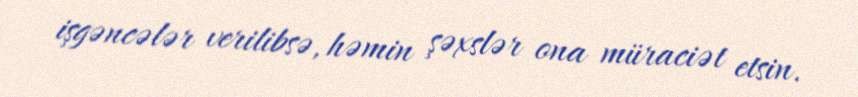
işgəncələr verilibsə, həmin şəxslər ona müraciət etsin.